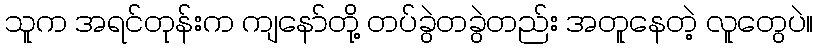
သူက အရင်တုန်းက ကျနော်တို့ တပ်ခွဲတခွဲတည်း အတူနေတဲ့ လူတွေပဲ။